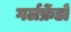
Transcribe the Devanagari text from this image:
गर्लफ्रेंडों